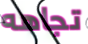
تجاهه